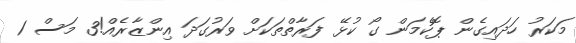
މަކަރު ހަދައިގެން ޕޮކެމަން ގޯ ކުޅޭ ފަރާތްތަކަށް ވަރުގަދަ އިންޒާރެއް!3 މަސް 1